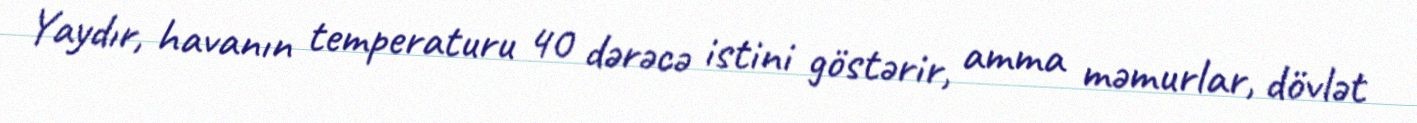
Yaydır, havanın temperaturu 40 dərəcə istini göstərir, amma məmurlar, dövlət